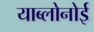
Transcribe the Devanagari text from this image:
याब्लोनोई